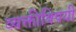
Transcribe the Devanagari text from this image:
व्यक्तीविषयी